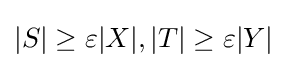
|S|\geq \varepsilon |X|,|T|\geq \varepsilon |Y|